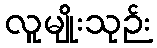
လူမျိုးသုဉ်း